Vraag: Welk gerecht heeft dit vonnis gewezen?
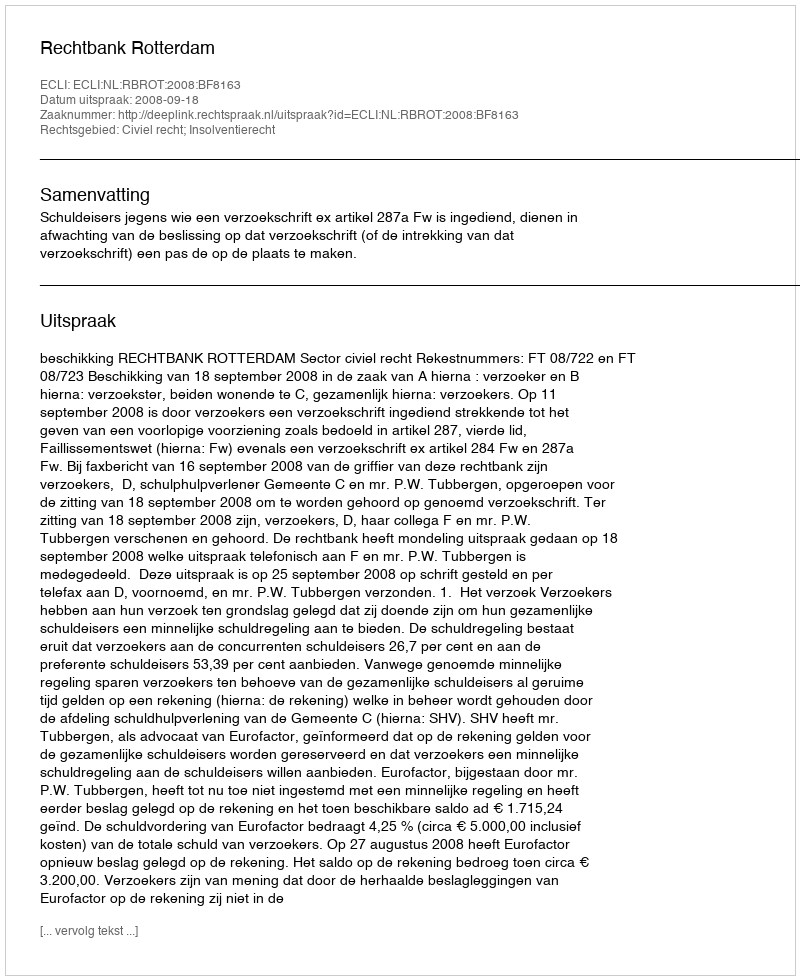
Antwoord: Rechtbank Rotterdam